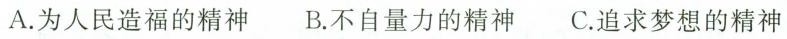
A.为人民造福的精神 B.不自量力的精神 C.追求梦想的精神